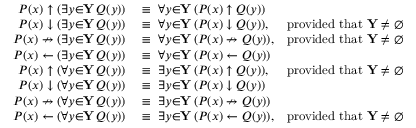
\begin{array} { r l r } { P ( x ) \uparrow ( \exists { y } { \in } \mathbf { Y } \, Q ( y ) ) } & { { } \equiv \ \forall { y } { \in } \mathbf { Y } \, ( P ( x ) \uparrow Q ( y ) ) } \\ { P ( x ) \downarrow ( \exists { y } { \in } \mathbf { Y } \, Q ( y ) ) } & { { } \equiv \ \forall { y } { \in } \mathbf { Y } \, ( P ( x ) \downarrow Q ( y ) ) , } & { { \mathrm { p r o v i d e d ~ t h a t ~ } } \mathbf { Y } \neq \emptyset } \\ { P ( x ) \nrightarrow ( \exists { y } { \in } \mathbf { Y } \, Q ( y ) ) } & { { } \equiv \ \forall { y } { \in } \mathbf { Y } \, ( P ( x ) \nrightarrow Q ( y ) ) , } & { { \mathrm { p r o v i d e d ~ t h a t ~ } } \mathbf { Y } \neq \emptyset } \\ { P ( x ) \gets ( \exists { y } { \in } \mathbf { Y } \, Q ( y ) ) } & { { } \equiv \ \forall { y } { \in } \mathbf { Y } \, ( P ( x ) \gets Q ( y ) ) } \\ { P ( x ) \uparrow ( \forall { y } { \in } \mathbf { Y } \, Q ( y ) ) } & { { } \equiv \ \exists { y } { \in } \mathbf { Y } \, ( P ( x ) \uparrow Q ( y ) ) , } & { { \mathrm { p r o v i d e d ~ t h a t ~ } } \mathbf { Y } \neq \emptyset } \\ { P ( x ) \downarrow ( \forall { y } { \in } \mathbf { Y } \, Q ( y ) ) } & { { } \equiv \ \exists { y } { \in } \mathbf { Y } \, ( P ( x ) \downarrow Q ( y ) ) } \\ { P ( x ) \nrightarrow ( \forall { y } { \in } \mathbf { Y } \, Q ( y ) ) } & { { } \equiv \ \exists { y } { \in } \mathbf { Y } \, ( P ( x ) \nrightarrow Q ( y ) ) } \\ { P ( x ) \gets ( \forall { y } { \in } \mathbf { Y } \, Q ( y ) ) } & { { } \equiv \ \exists { y } { \in } \mathbf { Y } \, ( P ( x ) \gets Q ( y ) ) , } & { { \mathrm { p r o v i d e d ~ t h a t ~ } } \mathbf { Y } \neq \emptyset } \end{array}